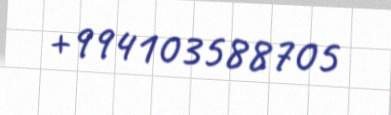
+994103588705